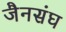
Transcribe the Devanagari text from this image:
जैनसंघ